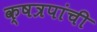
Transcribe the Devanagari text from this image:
क्षत्रपांची